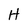
Character: H